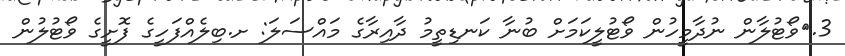
3.	ވޯޓުލާން ނުދާމީހުން ވޯޓުލީކަމަށް ބުނާ ކަނޑިތީމު ދާއިރާގެ މައްސަލަ: ށ.ބިލެއްފަހީގެ ފޮށީގެ ވޯޓުލުން